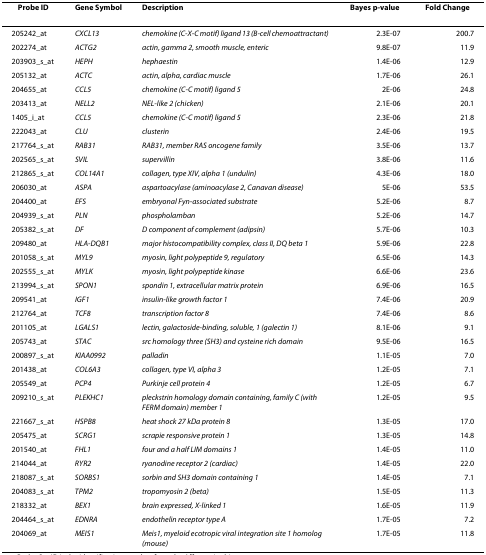
<table><thead><tr><td><b>Probe ID</b></td><td><b>Gene Symbol</b></td><td><b>Description</b></td><td><b>Bayes p-value</b></td><td><b>Fold Change</b></td></tr></thead><tbody><tr><td>205242_at</td><td><i>CXCL13</i></td><td><i>chemokine (C-X-C motif) ligand 13 (B-cell chemoattractant)</i></td><td>2.3E-07</td><td>200.7</td></tr><tr><td>202274_at</td><td><i>ACTG2</i></td><td><i>actin, gamma 2, smooth muscle, enteric</i></td><td>9.8E-07</td><td>11.9</td></tr><tr><td>203903_s_at</td><td><i>HEPH</i></td><td><i>hephaestin</i></td><td>1.4E-06</td><td>12.9</td></tr><tr><td>205132_at</td><td><i>ACTC</i></td><td><i>actin, alpha, cardiac muscle</i></td><td>1.7E-06</td><td>26.1</td></tr><tr><td>204655_at</td><td><i>CCL5</i></td><td><i>chemokine (C-C motif) ligand 5</i></td><td>2E-06</td><td>24.8</td></tr><tr><td>203413_at</td><td><i>NELL2</i></td><td><i>NEL-like 2 (chicken)</i></td><td>2.1E-06</td><td>20.1</td></tr><tr><td>1405_i_at</td><td><i>CCL5</i></td><td><i>chemokine (C-C motif) ligand 5</i></td><td>2.3E-06</td><td>21.8</td></tr><tr><td>222043_at</td><td><i>CLU</i></td><td><i>clusterin</i></td><td>2.4E-06</td><td>19.5</td></tr><tr><td>217764_s_at</td><td><i>RAB31</i></td><td><i>RAB31, member RAS oncogene family</i></td><td>3.5E-06</td><td>13.7</td></tr><tr><td>202565_s_at</td><td><i>SVIL</i></td><td><i>supervillin</i></td><td>3.8E-06</td><td>11.6</td></tr><tr><td>212865_s_at</td><td><i>COL14A1</i></td><td><i>collagen, type XIV, alpha 1 (undulin)</i></td><td>4.3E-06</td><td>18.0</td></tr><tr><td>206030_at</td><td><i>ASPA</i></td><td><i>aspartoacylase (aminoacylase 2, Canavan disease)</i></td><td>5E-06</td><td>53.5</td></tr><tr><td>204400_at</td><td><i>EFS</i></td><td><i>embryonal Fyn-associated substrate</i></td><td>5.2E-06</td><td>8.7</td></tr><tr><td>204939_s_at</td><td><i>PLN</i></td><td><i>phospholamban</i></td><td>5.2E-06</td><td>14.7</td></tr><tr><td>205382_s_at</td><td><i>DF</i></td><td><i>D component of complement (adipsin)</i></td><td>5.7E-06</td><td>10.3</td></tr><tr><td>209480_at</td><td><i>HLA-DQB1</i></td><td><i>major histocompatibility complex, class II, DQ beta 1</i></td><td>5.9E-06</td><td>22.8</td></tr><tr><td>201058_s_at</td><td><i>MYL9</i></td><td><i>myosin, light polypeptide 9, regulatory</i></td><td>6.5E-06</td><td>14.3</td></tr><tr><td>202555_s_at</td><td><i>MYLK</i></td><td><i>myosin, light polypeptide kinase</i></td><td>6.6E-06</td><td>23.6</td></tr><tr><td>213994_s_at</td><td><i>SPON1</i></td><td><i>spondin 1, extracellular matrix protein</i></td><td>6.9E-06</td><td>16.5</td></tr><tr><td>209541_at</td><td><i>IGF1</i></td><td><i>insulin-like growth factor 1</i></td><td>7.4E-06</td><td>20.9</td></tr><tr><td>212764_at</td><td><i>TCF8</i></td><td><i>transcription factor 8</i></td><td>7.4E-06</td><td>8.6</td></tr><tr><td>201105_at</td><td><i>LGALS1</i></td><td><i>lectin, galactoside-binding, soluble, 1 (galectin 1)</i></td><td>8.1E-06</td><td>9.1</td></tr><tr><td>205743_at</td><td><i>STAC</i></td><td><i>src homology three (SH3) and cysteine rich domain</i></td><td>9.5E-06</td><td>16.5</td></tr><tr><td>200897_s_at</td><td><i>KIAA0992</i></td><td><i>palladin</i></td><td>1.1E-05</td><td>7.0</td></tr><tr><td>201438_at</td><td><i>COL6A3</i></td><td><i>collagen, type VI, alpha 3</i></td><td>1.2E-05</td><td>7.1</td></tr><tr><td>205549_at</td><td><i>PCP4</i></td><td><i>Purkinje cell protein 4</i></td><td>1.2E-05</td><td>6.7</td></tr><tr><td>209210_s_at</td><td><i>PLEKHC1</i></td><td><i>pleckstrin homology domain containing, family C (with FERM domain) member 1</i></td><td>1.2E-05</td><td>9.5</td></tr><tr><td>221667_s_at</td><td><i>HSPB8</i></td><td><i>heat shock 27 kDa protein 8</i></td><td>1.3E-05</td><td>17.0</td></tr><tr><td>205475_at</td><td><i>SCRG1</i></td><td><i>scrapie responsive protein 1</i></td><td>1.3E-05</td><td>14.8</td></tr><tr><td>201540_at</td><td><i>FHL1</i></td><td><i>four and a half LIM domains 1</i></td><td>1.4E-05</td><td>11.0</td></tr><tr><td>214044_at</td><td><i>RYR2</i></td><td><i>ryanodine receptor 2 (cardiac)</i></td><td>1.4E-05</td><td>22.0</td></tr><tr><td>218087_s_at</td><td><i>SORBS1</i></td><td><i>sorbin and SH3 domain containing 1</i></td><td>1.4E-05</td><td>7.1</td></tr><tr><td>204083_s_at</td><td><i>TPM2</i></td><td><i>tropomyosin 2 (beta)</i></td><td>1.5E-05</td><td>11.3</td></tr><tr><td>218332_at</td><td><i>BEX1</i></td><td><i>brain expressed, X-linked 1</i></td><td>1.6E-05</td><td>11.9</td></tr><tr><td>204464_s_at</td><td><i>EDNRA</i></td><td><i>endothelin receptor type A</i></td><td>1.7E-05</td><td>7.2</td></tr><tr><td>204069_at</td><td><i>MEIS1</i></td><td><i>Meis1, myeloid ecotropic viral integration site 1 homolog (mouse)</i></td><td>1.7E-05</td><td>11.8</td></tr></tbody></table>